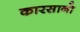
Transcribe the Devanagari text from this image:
कारसानो